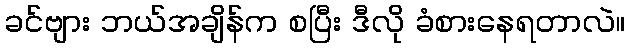
ခင်ဗျား ဘယ်အချိန်က စပြီး ဒီလို ခံစားနေရတာလဲ။